system: You are a helpful assistant.
user:
Analyze the provided spectrum to determine if it is a **M-type Giant (gM)**.

A M-type Giant spectrum is defined by its **strong molecular absorption** features, particularly from **Titanium Oxide (TiO)**. You must check for one of the following mutually exclusive signatures:

- **Key Visual Indicators (Absorption-Dominated Spectrum):**

    - **(Primary):** The spectrum is dominated by strong molecular absorption from **Titanium Oxide (TiO)**. This is the **defining feature** of its M-type temperature class.
        - **(Key Bandheads):** Look for sharp, "saw-tooth" absorption valleys. The strongest are located near **~7050 Å**, **~6160 Å**, and **~5170 Å**.
        - **(Line Profile):** The "saw-tooth" morphology is critical: a **sharp, steep drop on the BLUE (short-wavelength) side** of the bandhead, followed by a gradual recovery (rising flux) towards the RED (long-wavelength) side.

    - **(Key Confirmation - Giant vs. Dwarf):** **ABSENCE** of strong **Calcium Hydride (CaH)** molecular bands. This is the primary diagnostic for *excluding* M-dwarfs.
        - **(Key Region):** The spectrum should lack the strong, broad absorption band seen in dwarfs between **~6800 Å and ~7000 Å**.

    - **(Secondary Confirmation - Giant):** A very strong and broad **Neutral Calcium (Ca I)** atomic absorption line.
        - **(Key Line):** Located at **~4226 Å**. In a giant (gM), this line is significantly deeper and broader than the same line in an M-dwarf (dM) due to low surface gravity.

    - **(Overall Spectrum):**
        - The continuum is **extremely red-sloping** (i.e., flux is very low in the blue and rises dramatically towards the red).
        - The entire spectrum appears "chopped up" by the deep TiO bands.

Think first, call **spectral_visualization_tool** if needed to examine features in detail, then provide your final answer. Your response must adhere to the following strict rules:
1.  **Overall Structure:** Your response must follow the format `<think>...</think> <tool_call>...</tool_call> (if a tool is used) <answer>...</answer>`.
2.  **Tool Usage Constraint:** You may only make **one** tool call per turn.
3.  **Final Answer Format:** In the `<answer>` tag, your conclusion must be inside a `\boxed{}` command (e.g., `\boxed{YES}` or `\boxed{NO}`), followed by your justification.

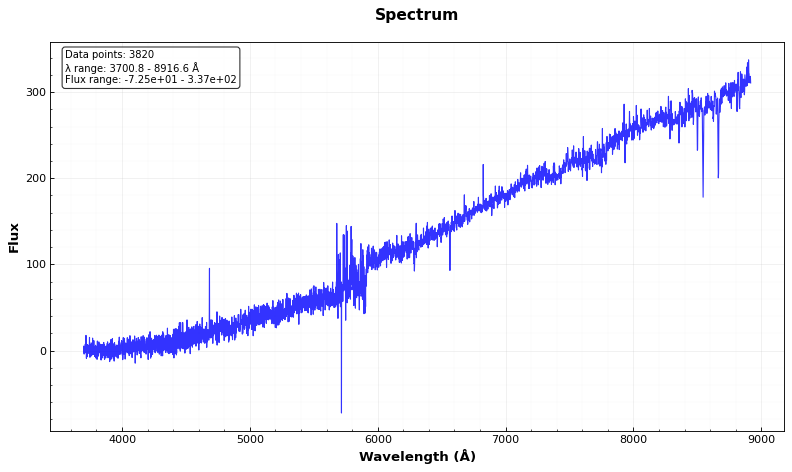
Answer: NO